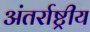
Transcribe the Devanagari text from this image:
अंतर्राष्ट्रीय